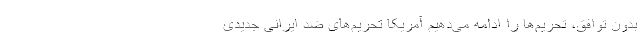
بدون توافق، تحریم‌ها را ادامه می‌دهیم آمریکا تحریم‌های ضد ایرانی جدیدی